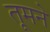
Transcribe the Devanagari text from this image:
तूमने